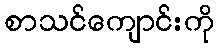
စာသင်ကျောင်းကို